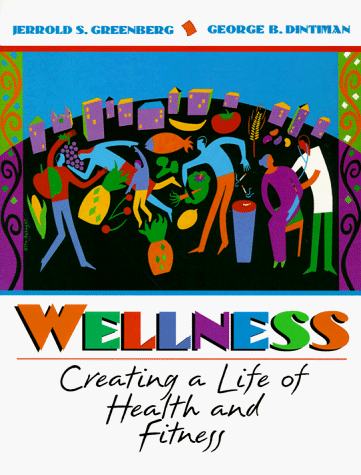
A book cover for Wellness: Creating a Life of Health and Fitness; Jerrold S. Greenberg; Health, Fitness & Dieting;